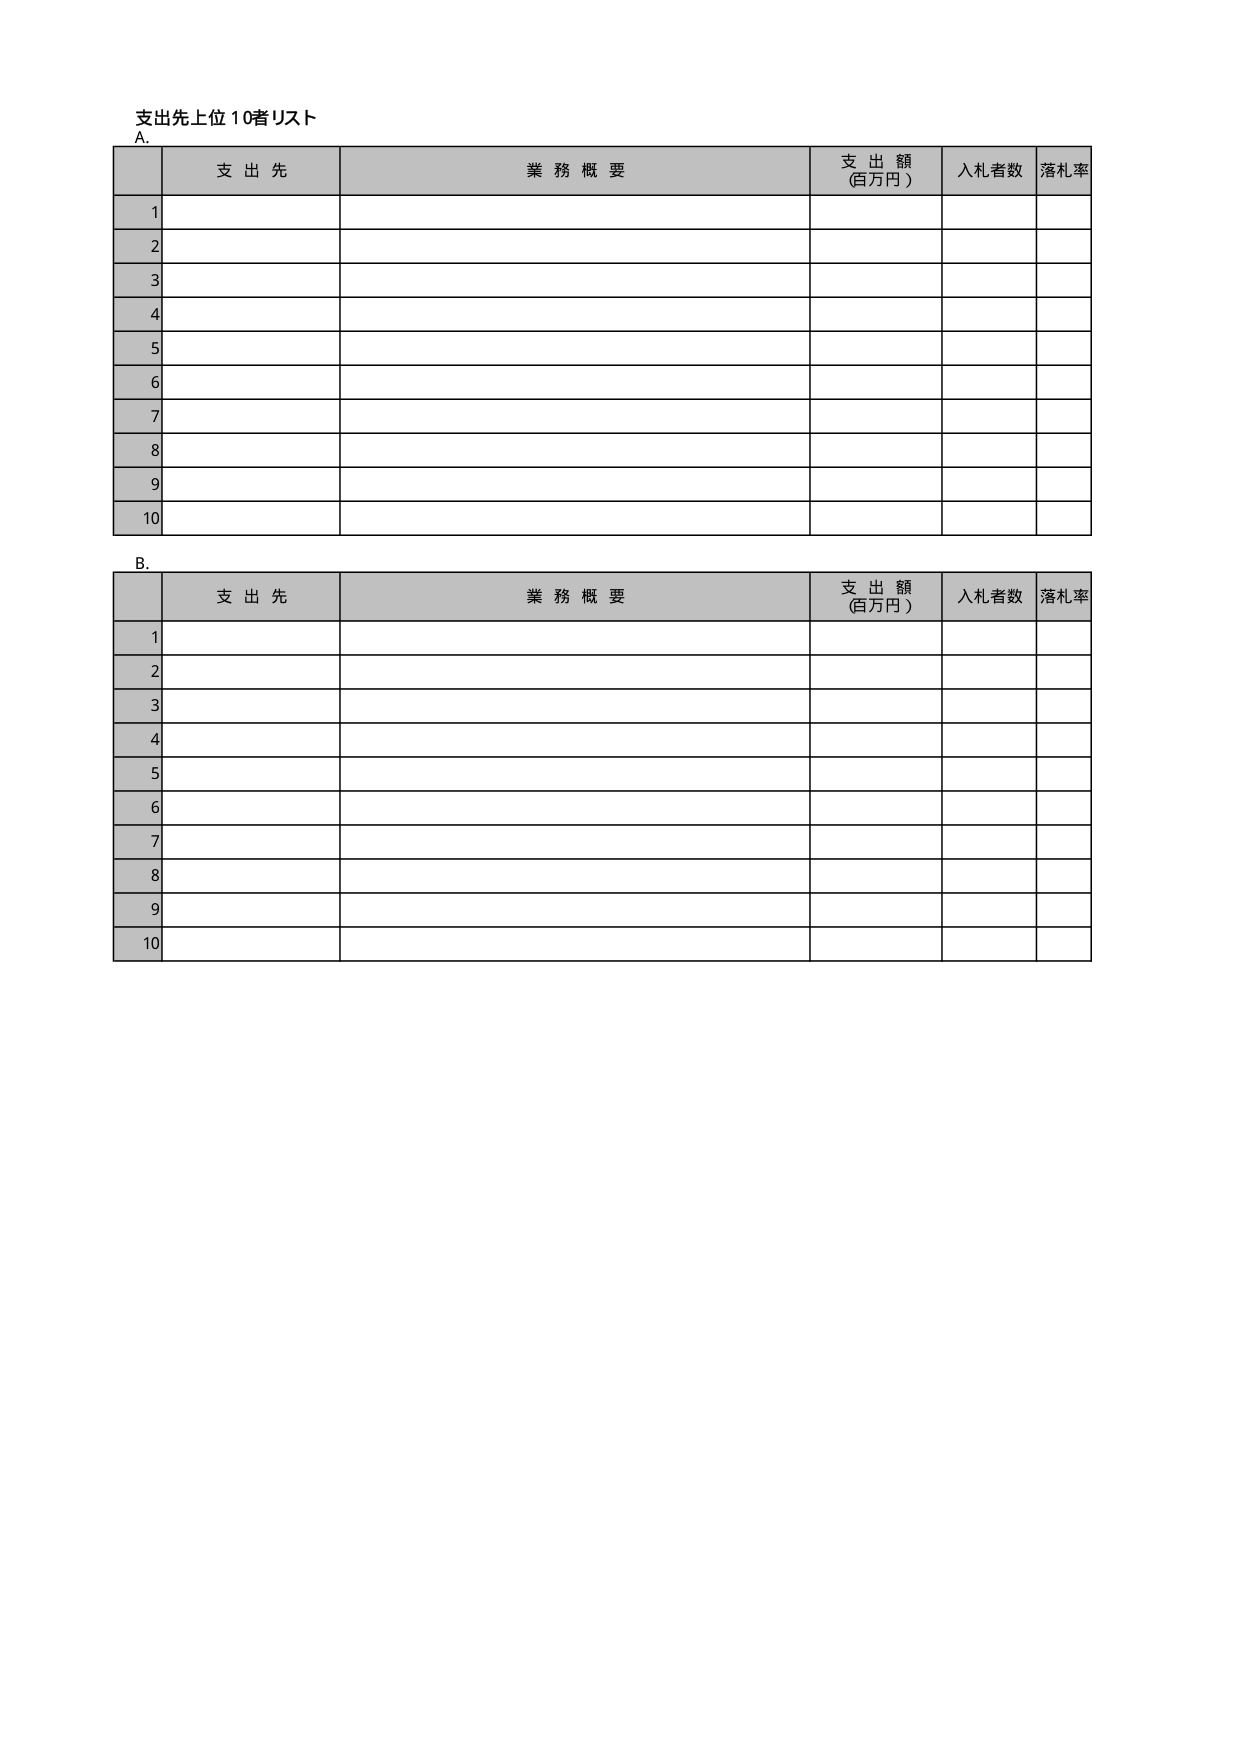
支出先上位10者リスト
A.
支 出 先
業 務 概 要
支 出 額
(百万円)
入札者数
落札率
1
2
3
4
5
6
7
8
9
10
B.
支 出 先
業 務 概 要
支 出 額
(百万円)
入札者数
落札率
1
2
3
4
5
6
7
8
9
10